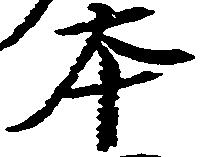
本